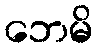
ဘေမိ